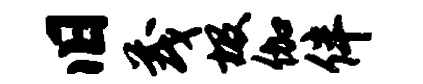
旧茂圾伽伴